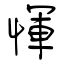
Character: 惲